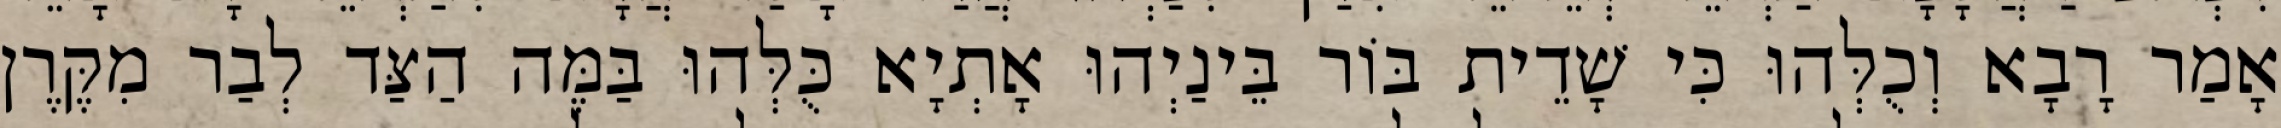
אָמַר רָבָא וְכֻלְּהוּ כִּי שָׁדֵית בּוֹר בֵּינַיְהוּ אָתְיָא כֻּלְּהוּ בַּמֶּה הַצַּד לְבַר מִקֶּרֶן